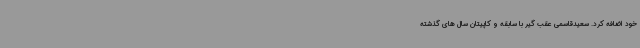
خود اضافه کرد. سعیدقاسمی عقب گیر با سابقه و کاپیتان سال های گذشته